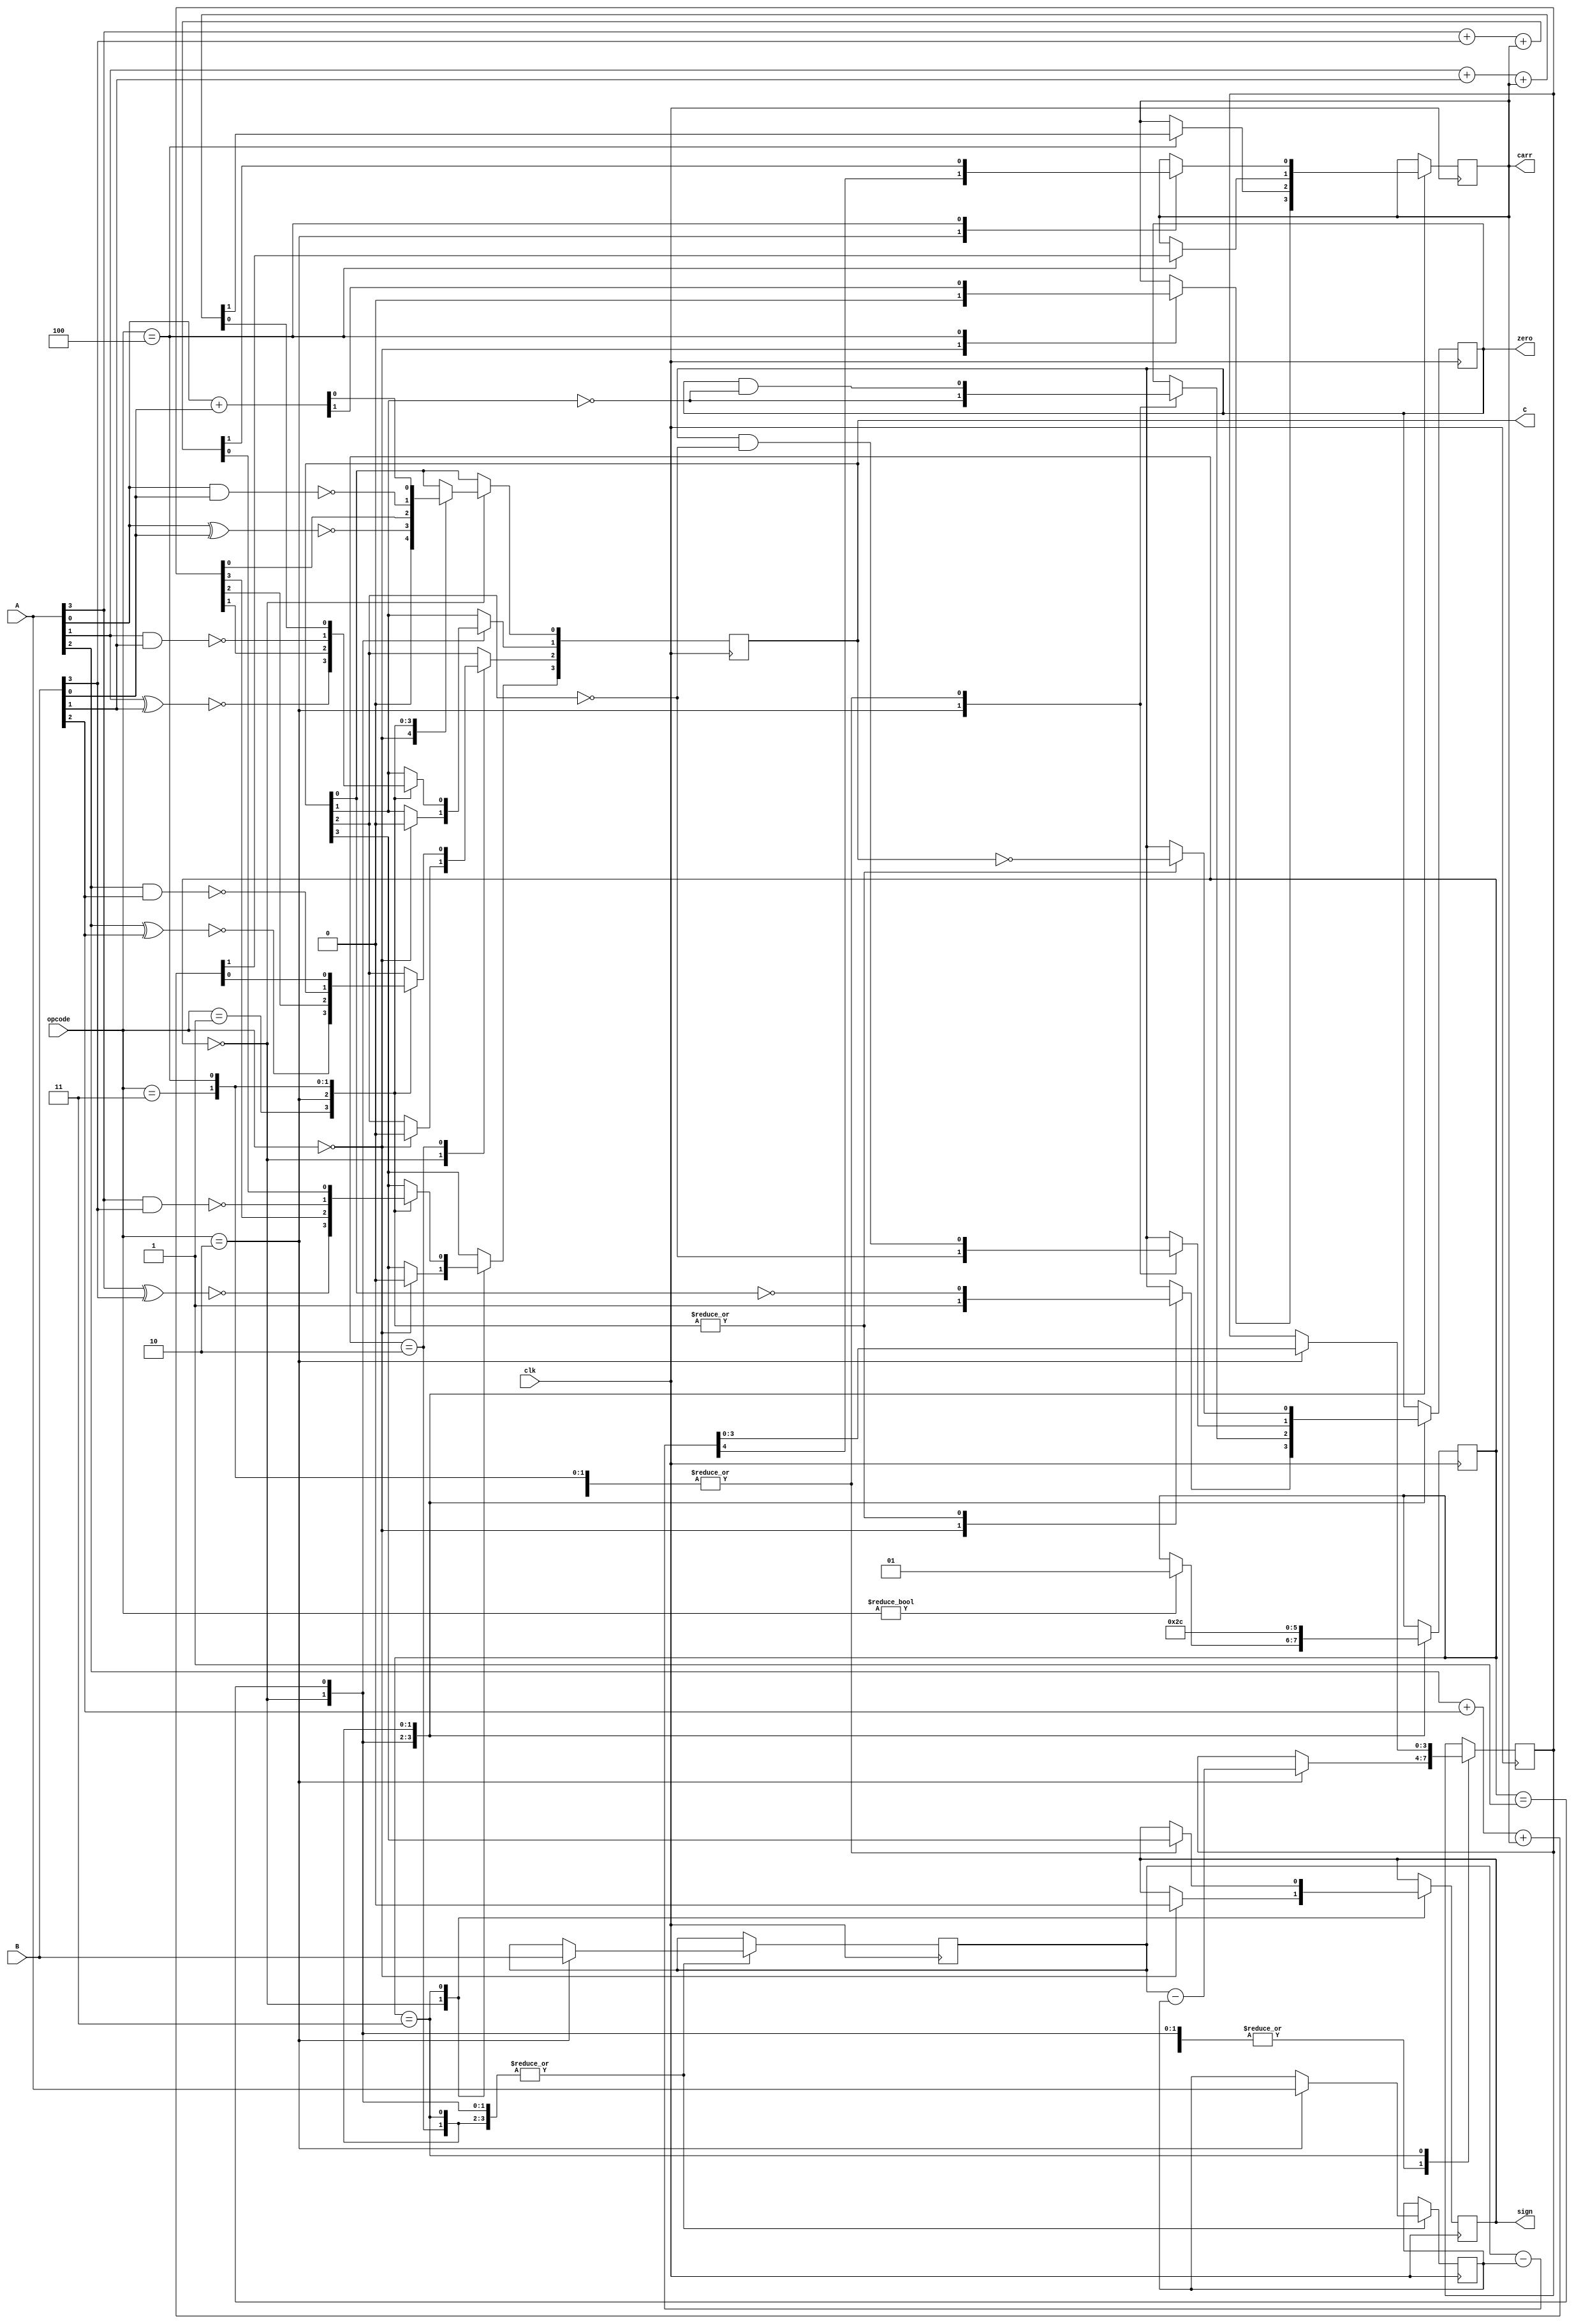
module project(input clk, input [3:0] A, input [3:0] B,
 input [2:0] opcode, output reg [3:0] C,
  output reg carr, output reg sign, output reg zero);
// Will be using state to indicate state of the machine.
reg [1:0] state = 0;
// Negative numbers will be represented in 2s complement.
reg signed [3:0] sub_result;
reg signed [3:0] sub_a;
reg signed [3:0] sub_b;
always @ (posedge clk) begin
    case (state)
        2'b00: begin
            case (opcode)
                3'b000: begin
                    C <= 4'b0000; //RESET operation
                    carr <= 1'b0;
                    sign <= 1'b0;
                    zero <= 1'b1;
                end
                3'b001: begin //XNOR operation on LSBs
                    C[0] <= ~(A[0] ^ B[0]);
                    zero <= C[0] == 1'b0;
                end
                3'b010: begin //SUB operation on LSBs
					sub_a <= A;
					sub_b <= B;
                    sub_result <= sub_b - sub_a;
                    C[0] <= sub_result[0];
                    zero <= C[0] == 1'b0;
               end
                3'b011: begin //NAND operation on LSBs
                    C[0] <= ~(A[0] & B[0]);
                    zero <= C[0] == 1'b0;
                end
                3'b100: begin //ADD operation on LSBs
                    {carr, C[0]} <= A[0] + B[0];
                    zero <= C[0] == 1'b0;
                end
                
            
            endcase
            if (opcode != 3'b000) begin
				state <= 2'b01;
			end
        end
        2'b01: begin
            case (opcode)
                3'b001: begin //XNOR operation on next bit
                    C[1] <= ~(A[1] ^ B[1]);
                    zero <= zero & (C[1] == 1'b0);
                end
                3'b010: begin //SUB operation on next bit
					sub_a <= A;
					sub_b <= B;
                    sub_result <= sub_b - sub_a;
                    C[1] <= sub_result[1];
                    zero <= C[1] == 1'b0;
                end 
                3'b011: begin //NAND operation on next bit
                    C[1] <= ~(A[1] & B[1]);
                    zero <= zero & (C[1] == 1'b0);
                end
                3'b100: begin //ADD operation on next bit
                    {carr, C[1]} <= A[1] + B[1] + carr;
                    zero <= zero & (C[1] == 1'b0);
                end  
                 
                    
            endcase
            state <= 2'b10;
        end
        2'b10: begin
            case (opcode)
                3'b001: begin //XNOR operation on next bit
                    C[2] <= ~(A[2] ^ B[2]);
                    zero <= zero & (C[2] == 1'b0);
                end
                3'b010: begin //SUB operation on next bit
					sub_a <= A;
					sub_b <= B;
                    sub_result <= sub_b - sub_a;
                    C[2] <= sub_result[2];
                    zero <= C[2] == 1'b0;
                end
                3'b011: begin //NAND operation on next bit
                    C[2] <= ~(A[2] & B[2]);
                    zero <= zero & (C[2] == 1'b0);
                end
                3'b100: begin //ADD operation on next bit
                    {carr, C[2]} <= A[2] + B[2] + carr;
                    zero <= zero & (C[2] == 1'b0);
                end  
                  
            endcase
            state <= 2'b11;
        end
        2'b11: begin
            case (opcode)
                3'b001: begin //XNOR operation on MSBs
                    C[3] <= ~(A[3] ^ B[3]);
                    sign <= C[3];
                    zero <= C == 4'b0000;
                end
                3'b010: begin //SUB operation on MSBs
					sub_a <= A;
					sub_b <= B;
                    {carr, sub_result} <= sub_b - sub_a;
                    C[3] <= sub_result[3];
                    zero <= C == 4'b0000;
                end
                3'b011: begin //NAND operation on MSBs
                    C[3] <= ~(A[3] & B[3]);
                    sign <= C[3];
                    zero <= C == 4'b0000;
                end
                3'b100: begin //ADD operation on MSBs
                    {carr, C[3]} <= A[3] + B[3] + carr;
                    sign <= C[3];
                    zero <= C == 4'b0000;
                end
                
            endcase
            state <= 2'b00;
        end
    endcase
end
endmodule